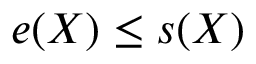
e ( X ) \leq s ( X )